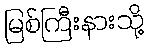
မြစ်ကြီးနားသို့